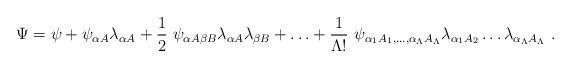
\begin{align*}\Psi = \psi + \psi_{\alpha A} \lambda_{\alpha A} + \frac{1}{2}\ \psi_{\alpha A \beta B} \lambda_{\alpha A} \lambda_{\beta B} + {\dots} + \frac{1}{\Lambda !}\ \psi_{\alpha_{1}A_{1},\dots , \alpha_{\Lambda}A_{\Lambda}} \lambda_{\alpha_{1}A_{2}}\dots \lambda_{\alpha_{\Lambda}A_{\Lambda}}\ .\end{align*}